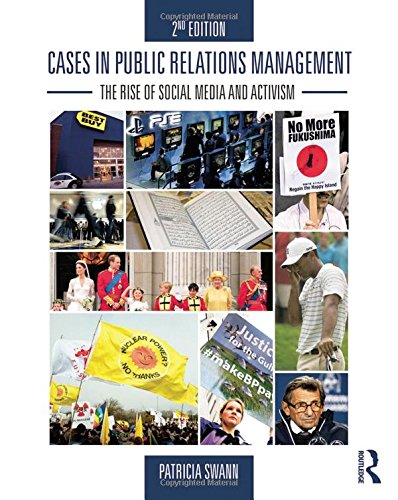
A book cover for Cases in Public Relations Management: The Rise of Social Media and Activism; Patricia Swann; Business & Money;